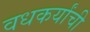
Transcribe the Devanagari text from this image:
वधकर्यांची